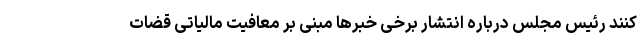
کنند رئیس مجلس درباره انتشار برخی خبرها مبنی بر معافیت مالیاتی قضات